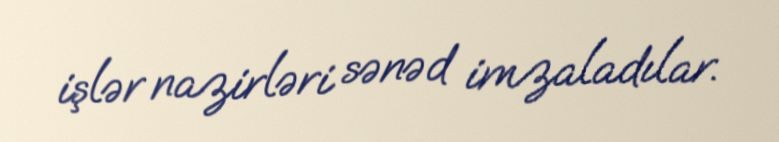
işlər nazirləri sənəd imzaladılar.